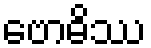
ဗောဓိဿ